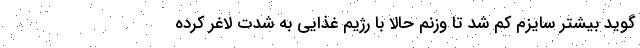
گوید بیشتر سایزم کم شد تا وزنم حالا با رژیم غذایی به شدت لاغر کرده